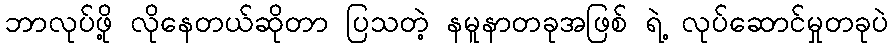
ဘာလုပ်ဖို့ လိုနေတယ်ဆိုတာ ပြသတဲ့ နမူနာတခုအဖြစ် ရဲ့ လုပ်ဆောင်မှုတခုပဲ